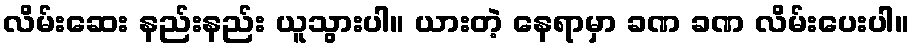
လိမ်းဆေး နည်းနည်း ယူသွားပါ။ ယားတဲ့ နေရာမှာ ခဏ ခဏ လိမ်းပေးပါ။